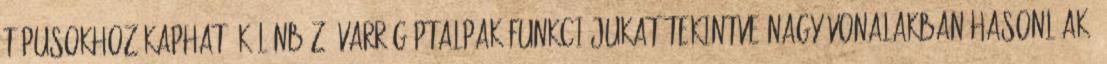
típusokhoz kapható különböző varrógéptalpak funkciójukat tekintve nagy vonalakban hasonlóak.